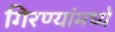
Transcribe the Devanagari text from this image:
गिरण्यांमध्ये